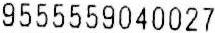
9555559040027